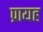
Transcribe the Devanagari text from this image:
प्रायह